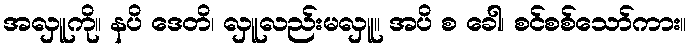
အလှူကို။ နပိ ဒေတိ၊ လှူလည်းမလှူ။ အပိ စ ခေါ၊ စင်စစ်သော်ကား။